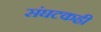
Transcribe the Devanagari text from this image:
संघटकही